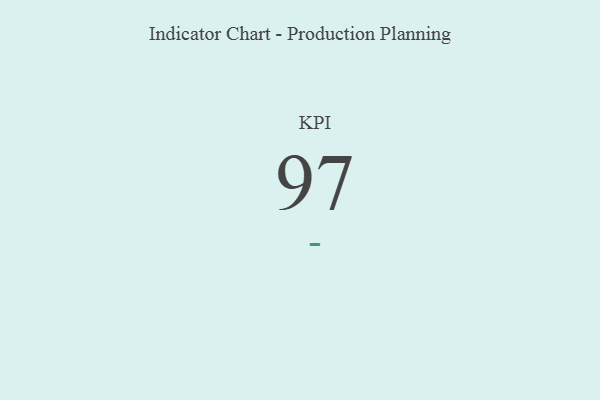
{"axis": {"x": "KPI", "y": "Value"}, "legend": [""], "data": [{"x": "KPI", "y": 97, "type": ""}]}